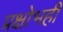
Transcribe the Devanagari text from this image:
प्रक्षोभही